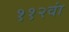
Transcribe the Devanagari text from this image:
११२वां